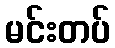
မင်းတပ်